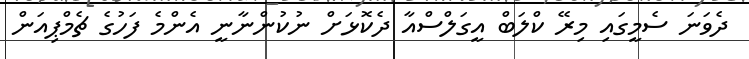
ދެވަނަ ސެމީގައި މިރޭ ކްލަބް އީގަލްސްއާ ދެކޮޅަށް ނުކުންނާނީ އެންމެ ފަހުގެ ޗެމްޕިއަން